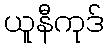
ယူနီကုဒ်